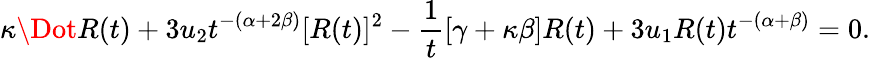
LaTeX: \kappa\Dot{R}(t)+3u_{2}t^{-(\alpha+2\beta)}[R(t)]^{2}-\frac{1}{t}[\gamma+\kappa\beta]R(t)+3u_{1}R(t)t^{-(\alpha+\beta)}=0.